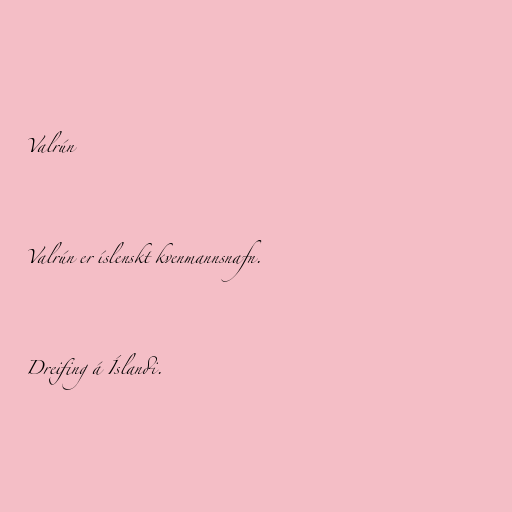
Valrún

Valrún er íslenskt kvenmannsnafn.

Dreifing á Íslandi.